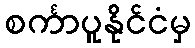
စင်္ကာပူနိုင်ငံမှ